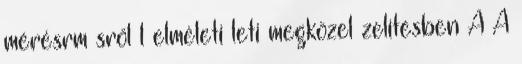
mérésrm sről l elméleti leti megközel zelítésben A A